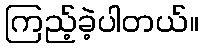
ကြည့်ခဲ့ပါတယ်။